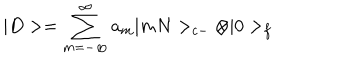
| D > = \sum _ { m = - \infty } ^ { \infty } a _ { m } | m N > _ { c - } \otimes | 0 > _ { f }